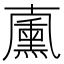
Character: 𠧋